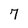
Character: 7